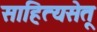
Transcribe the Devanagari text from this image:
साहित्यसेतू